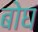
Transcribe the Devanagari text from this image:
बोघ